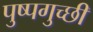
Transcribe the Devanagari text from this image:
पुष्पगुच्छी